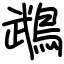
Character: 鵡